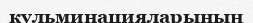
кульминацияларының